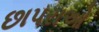
છાપરાઓ